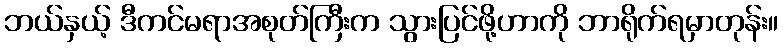
ဘယ်နှယ့် ဒီကင်မရာအစုတ်ကြီးက သွားပြင်ဖို့ဟာကို ဘာရိုက်ရမှာတုန်း။